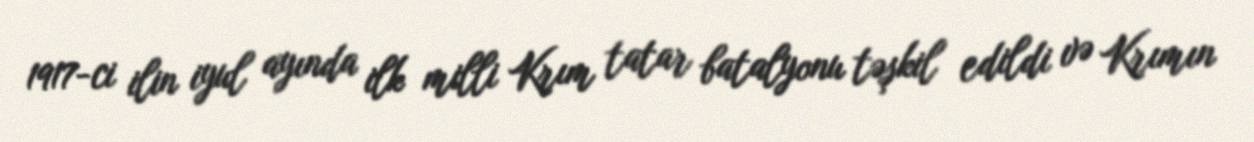
1917-ci ilin iyul ayında ilk milli Krım tatar batalyonu təşkil edildi və Krımın